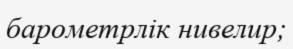
барометрлік нивелир;